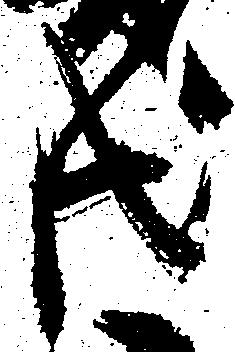
共